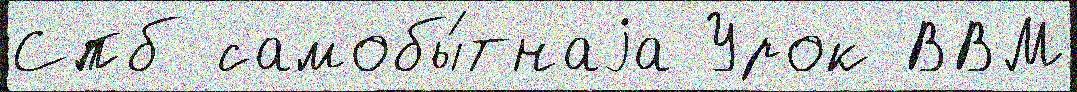
Спб самобы́тнаjа Урок ВВМ